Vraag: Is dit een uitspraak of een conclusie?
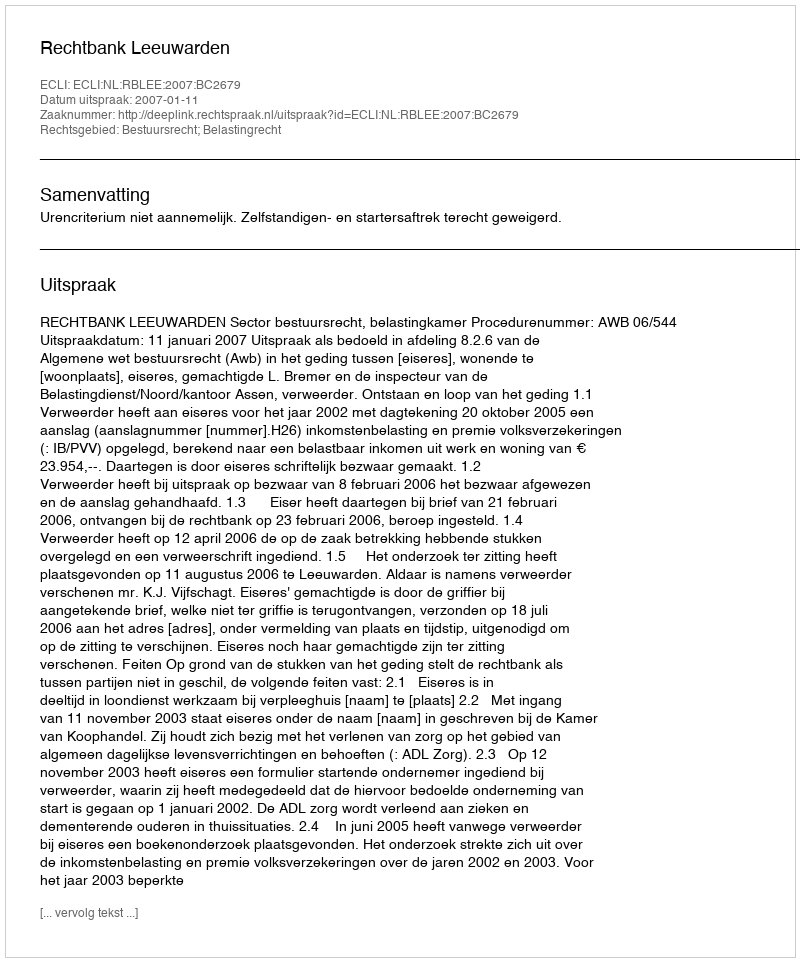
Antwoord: Uitspraak